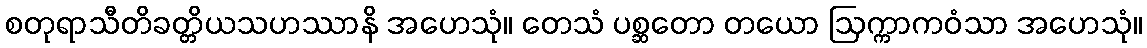
စတုရာသီတိခတ္တိယသဟဿာနိ အဟေသုံ။ တေသံ ပစ္ဆတော တယော ဩက္ကာကဝံသာ အဟေသုံ။